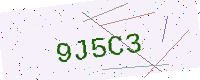
Text: 9J5C3